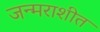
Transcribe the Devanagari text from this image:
जन्मराशीत